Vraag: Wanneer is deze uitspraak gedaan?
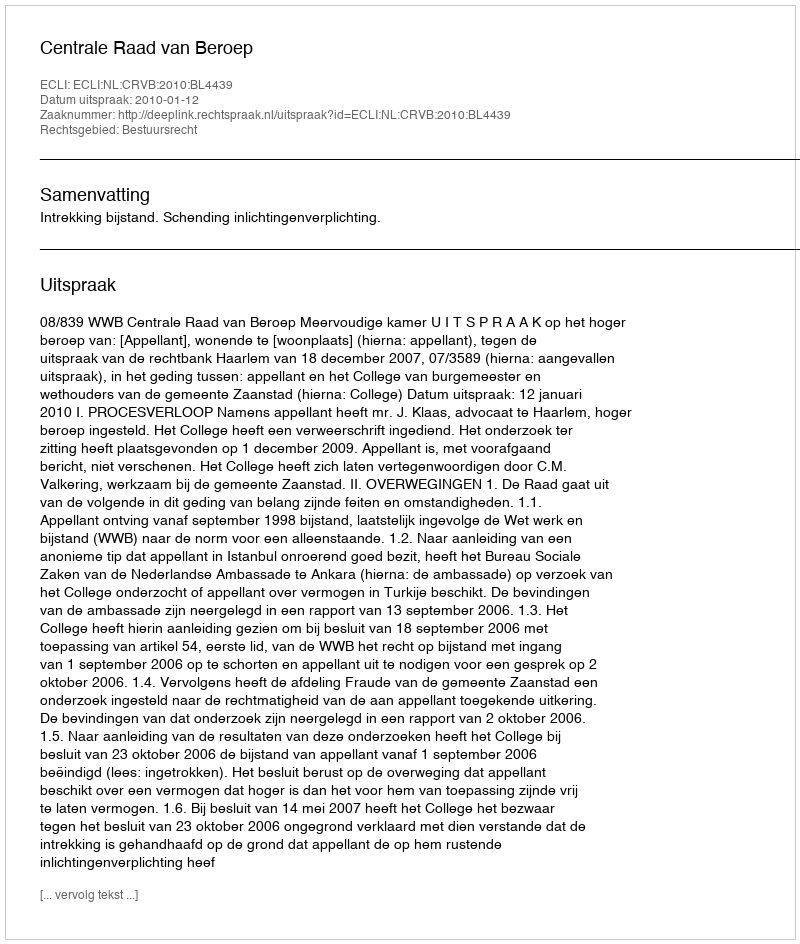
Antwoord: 2010-01-12